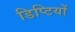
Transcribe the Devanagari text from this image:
डिप्टियों